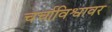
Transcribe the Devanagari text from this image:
चर्चाविश्वावर